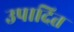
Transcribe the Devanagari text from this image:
उपादित